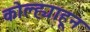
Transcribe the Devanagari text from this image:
कोल्ह्याहून